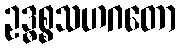
ဥဒ္ဓစ္စသဟဂတော